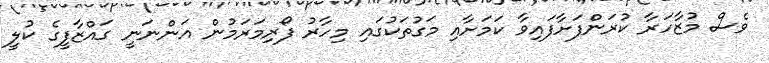
ވެސް މުޒާހަރާ ކުރަންފަށާފައިވާ ކަމަށާއި މަގުތަކުގައި މިހާރު ފޯރިމަރަމުން އަންނަނީ ގައްޒާފީގެ ކުލީ